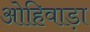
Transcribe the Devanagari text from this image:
ओहिवाड़ा